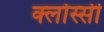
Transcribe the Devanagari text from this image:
क्लोस्सी